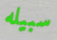
سبيله